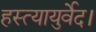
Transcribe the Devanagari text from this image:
हस्त्यायुर्वेद।